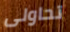
تحاولى